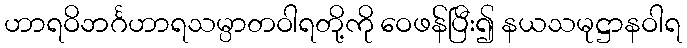
ဟာရဝိဘင်္ဂဟာရသမ္ပာတဝါရတို့ကို ဝေဖန်ပြီး၍ နယသမုဋ္ဌာနဝါရ